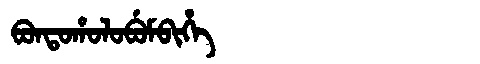
Manchu: ᠪᠣᠨᡨᠣᡥᠣᠯᠣᠪᡠᠮᠪᡳᡥᡝ
Romanization: BONTOHOLOBUMBIHE